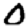
Digit: 0